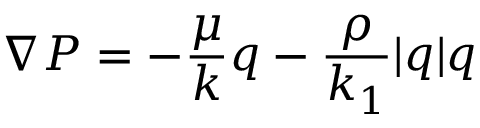
\nabla P = - \frac { \mu } { k } q - \frac { \rho } { k _ { 1 } } | q | q